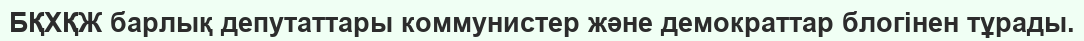
БҚХҚЖ барлық депутаттары коммунистер және демократтар блогінен тұрады.